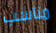
مناسب